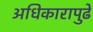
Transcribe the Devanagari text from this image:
अधिकारापुढे